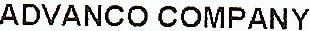
ADVANCO COMPANY